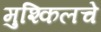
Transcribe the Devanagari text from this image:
मुश्किलचे